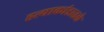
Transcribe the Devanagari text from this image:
हत्याकांडातले